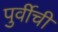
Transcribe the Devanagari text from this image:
पुर्वीची